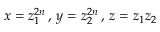
x = z _ { 1 } ^ { 2 n } \, , \, y = z _ { 2 } ^ { 2 n } \, , \, z = z _ { 1 } z _ { 2 }